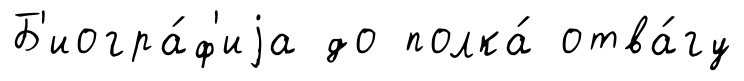
Б'иогра́ф'иjа до полка́ отва́гу